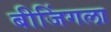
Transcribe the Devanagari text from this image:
बीजिंगला